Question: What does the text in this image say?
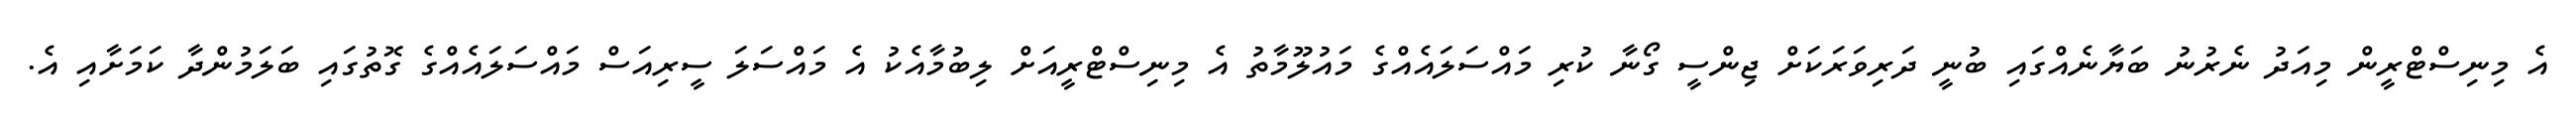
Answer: އެ މިނިސްޓްރީން މިއަދު ނެރުނު ބަޔާނެއްގައި ބުނީ ދަރިވަރަކަށް ޖިންސީ ގޯނާ ކުރި މައްސަލައެއްގެ މައުލޫމާތު އެ މިނިސްޓްރީއަށް ލިބުމާއެކު އެ މައްސަލަ ސީރިއަސް މައްސަލައެއްގެ ގޮތުގައި ބަލަމުންދާ ކަމަށާއި އެ.